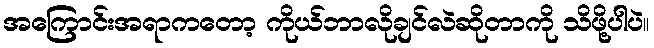
အကြောင်းအရာကတော့ ကိုယ်ဘာလိုချင်လဲဆိုတာကို သိဖို့ပါပဲ။